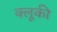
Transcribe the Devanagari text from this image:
क्लूकी